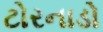
ટોરનાડો